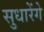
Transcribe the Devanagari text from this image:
सुधारेंगे